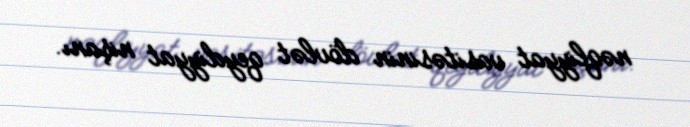
nəqliyyat vasitəsinin dövlət qeydiyyat nişanı.